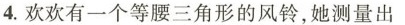
4.欢欢有一个等腰三角形的风铃，她测量出